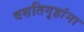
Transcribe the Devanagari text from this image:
वसतिगृहांना